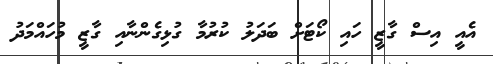
އެއީ އިސް ގާޒީ ހައި ކޯޓަށް ބަދަލު ކުރުމާ ގުޅިގެންނާއި ގާޒީ މުހައްމަދު